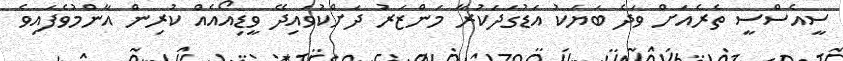
ސީއެސްސީ ތެރެއަށް ވަދެ ބަޔަކު އަޑުގަދަކުރާ މަންޒަރު ދަށްކުވައިދޭ ވީޑިއޯއެއް ކުރިން އާންމުވެފައިވެ